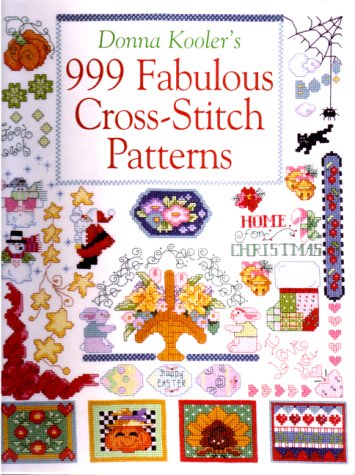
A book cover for Donna Kooler's 999 Fabulous Cross-Stitch Patterns; Donna Kooler; Crafts, Hobbies & Home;